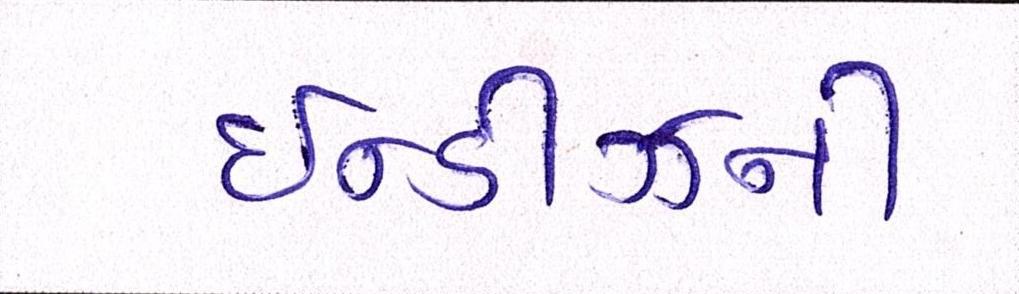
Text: ઇન્ડીઝની